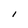
Character: I